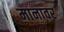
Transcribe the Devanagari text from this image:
मानावर